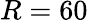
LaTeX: R=60